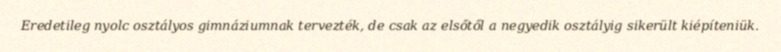
Eredetileg nyolc osztályos gimnáziumnak tervezték, de csak az elsőtől a negyedik osztályig sikerült kiépíteniük.